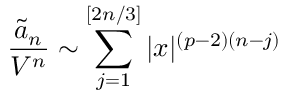
\frac { \tilde { a } _ { n } } { V ^ { n } } \sim \sum _ { j = 1 } ^ { [ 2 n / 3 ] } | x | ^ { ( p - 2 ) ( n - j ) }